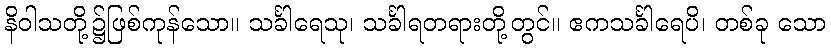
နိဝါသတို့၌ဖြစ်ကုန်သော။ သင်္ခါရေသု၊ သင်္ခါရတရားတို့တွင်။ ဧကသင်္ခါရေပိ၊ တစ်ခု သော